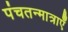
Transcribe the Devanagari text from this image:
पंचतन्मात्राएँ